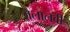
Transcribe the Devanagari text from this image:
जलालवी